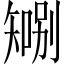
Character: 𪿍